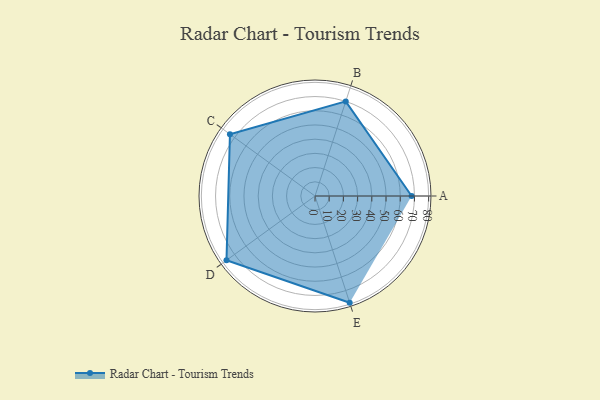
{"axis": {"x": "Skill", "y": "Score"}, "legend": ["Profile"], "data": [{"x": "A", "y": 68.0, "type": "Profile"}, {"x": "B", "y": 70.0, "type": "Profile"}, {"x": "C", "y": 74.0, "type": "Profile"}, {"x": "D", "y": 77.0, "type": "Profile"}, {"x": "E", "y": 79.0, "type": "Profile"}]}